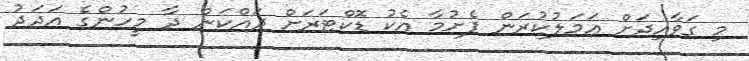
މި ގަވާއިދަށް އަމަލުކުރަން ފެށުމާ އެކު ޑޮކްޓަރަށް ދައްކަން ދާ މީހުންގެ އަދަދު